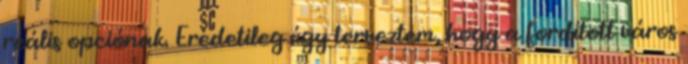
reális opciónak. Eredetileg úgy terveztem, hogy a fordított város